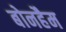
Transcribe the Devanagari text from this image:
बोनहैम